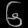
Digit: ၆